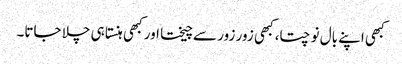
کبھی اپنے بال نوچتا، کبھی زور زور سے چیختا اور کبھی ہنستا ہی چلا جاتا۔